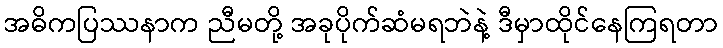
အဓိကပြဿနာက ညီမတို့ အခုပိုက်ဆံမရဘဲနဲ့ ဒီမှာထိုင်နေကြရတာ